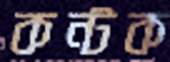
কন্টক